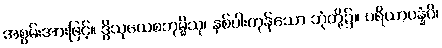
အစွမ်းအားဖြင့်။ ဒွိသုယေစဘုမ္မိသု၊ နှစ်ပါးကုန်သော ဘုံတို့၌။ ပရိယာပန္နံပိ၊